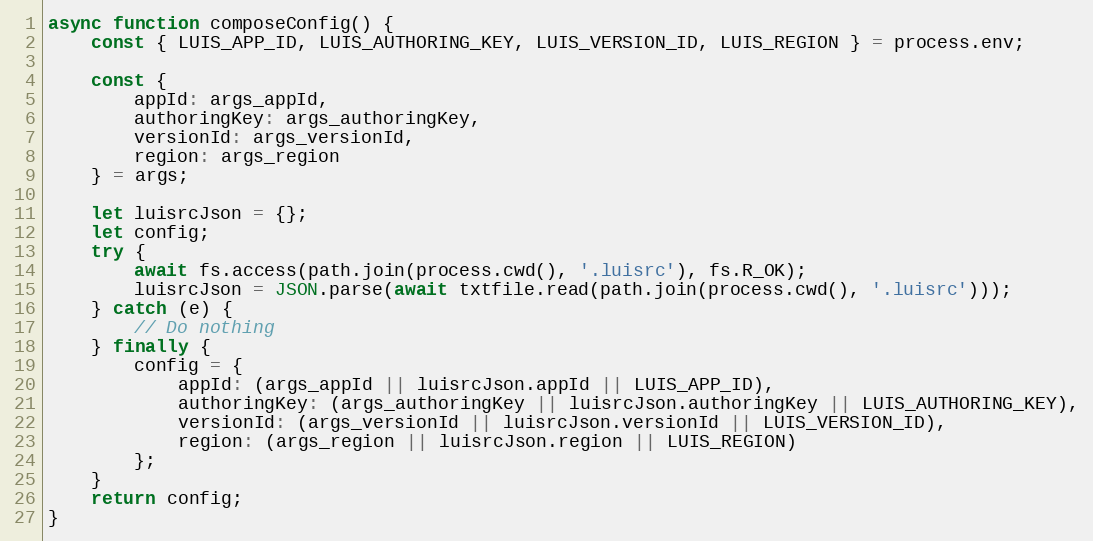
Language: JavaScript
async function composeConfig() {
    const { LUIS_APP_ID, LUIS_AUTHORING_KEY, LUIS_VERSION_ID, LUIS_REGION } = process.env;

    const {
        appId: args_appId,
        authoringKey: args_authoringKey,
        versionId: args_versionId,
        region: args_region
    } = args;

    let luisrcJson = {};
    let config;
    try {
        await fs.access(path.join(process.cwd(), '.luisrc'), fs.R_OK);
        luisrcJson = JSON.parse(await txtfile.read(path.join(process.cwd(), '.luisrc')));
    } catch (e) {
        // Do nothing
    } finally {
        config = {
            appId: (args_appId || luisrcJson.appId || LUIS_APP_ID),
            authoringKey: (args_authoringKey || luisrcJson.authoringKey || LUIS_AUTHORING_KEY),
            versionId: (args_versionId || luisrcJson.versionId || LUIS_VERSION_ID),
            region: (args_region || luisrcJson.region || LUIS_REGION)
        };
    }
    return config;
}